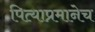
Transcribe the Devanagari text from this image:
पित्याप्रमानेच